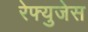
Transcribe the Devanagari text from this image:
रेफ्युजेस